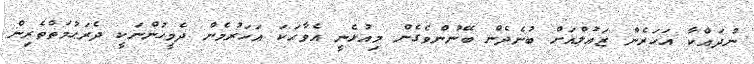
ނުދައްކާ އަހަރެން ޒައުލްއަށް ބުނެދެން ބޭނުންވެގެން މިއުޅެނީ އެވާހަކަ އަހަރުމެން ދެމީހުންނަކީ ދެރަޙުމަތްތެރިން